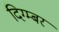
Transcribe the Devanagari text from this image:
दिग्म्बर